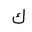
Letter: _kaf